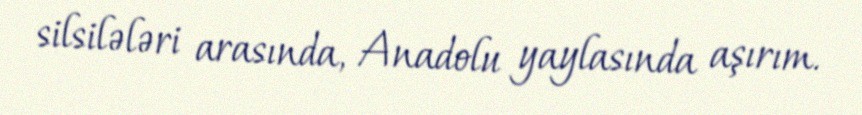
silsilələri arasında, Anadolu yaylasında aşırım.